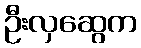
ဦးလှဆွေက